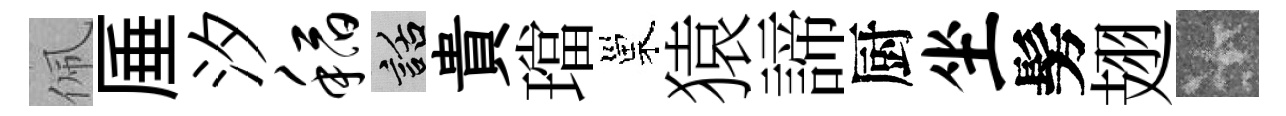
佩厜汐稻話貴璫巢猿諦厨坐髣翅卡